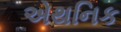
એથનિક